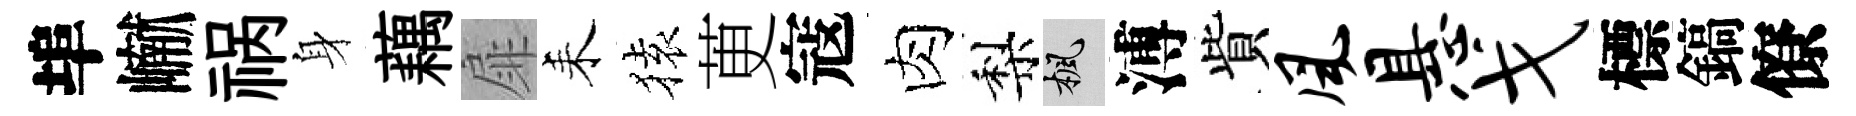
埠𪩘祸身藕扉耒𫞤茰寇肉梨楓溥貲风悬戈標鎬僚